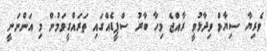
ވެރިޔާ ސިޔާމް ވިދާޅުވީ ރާއްޖެ މިހާ ބާރު ސްޕީޑެއްގައި ތަރައްގީވަމުން މި އަންނަނީ